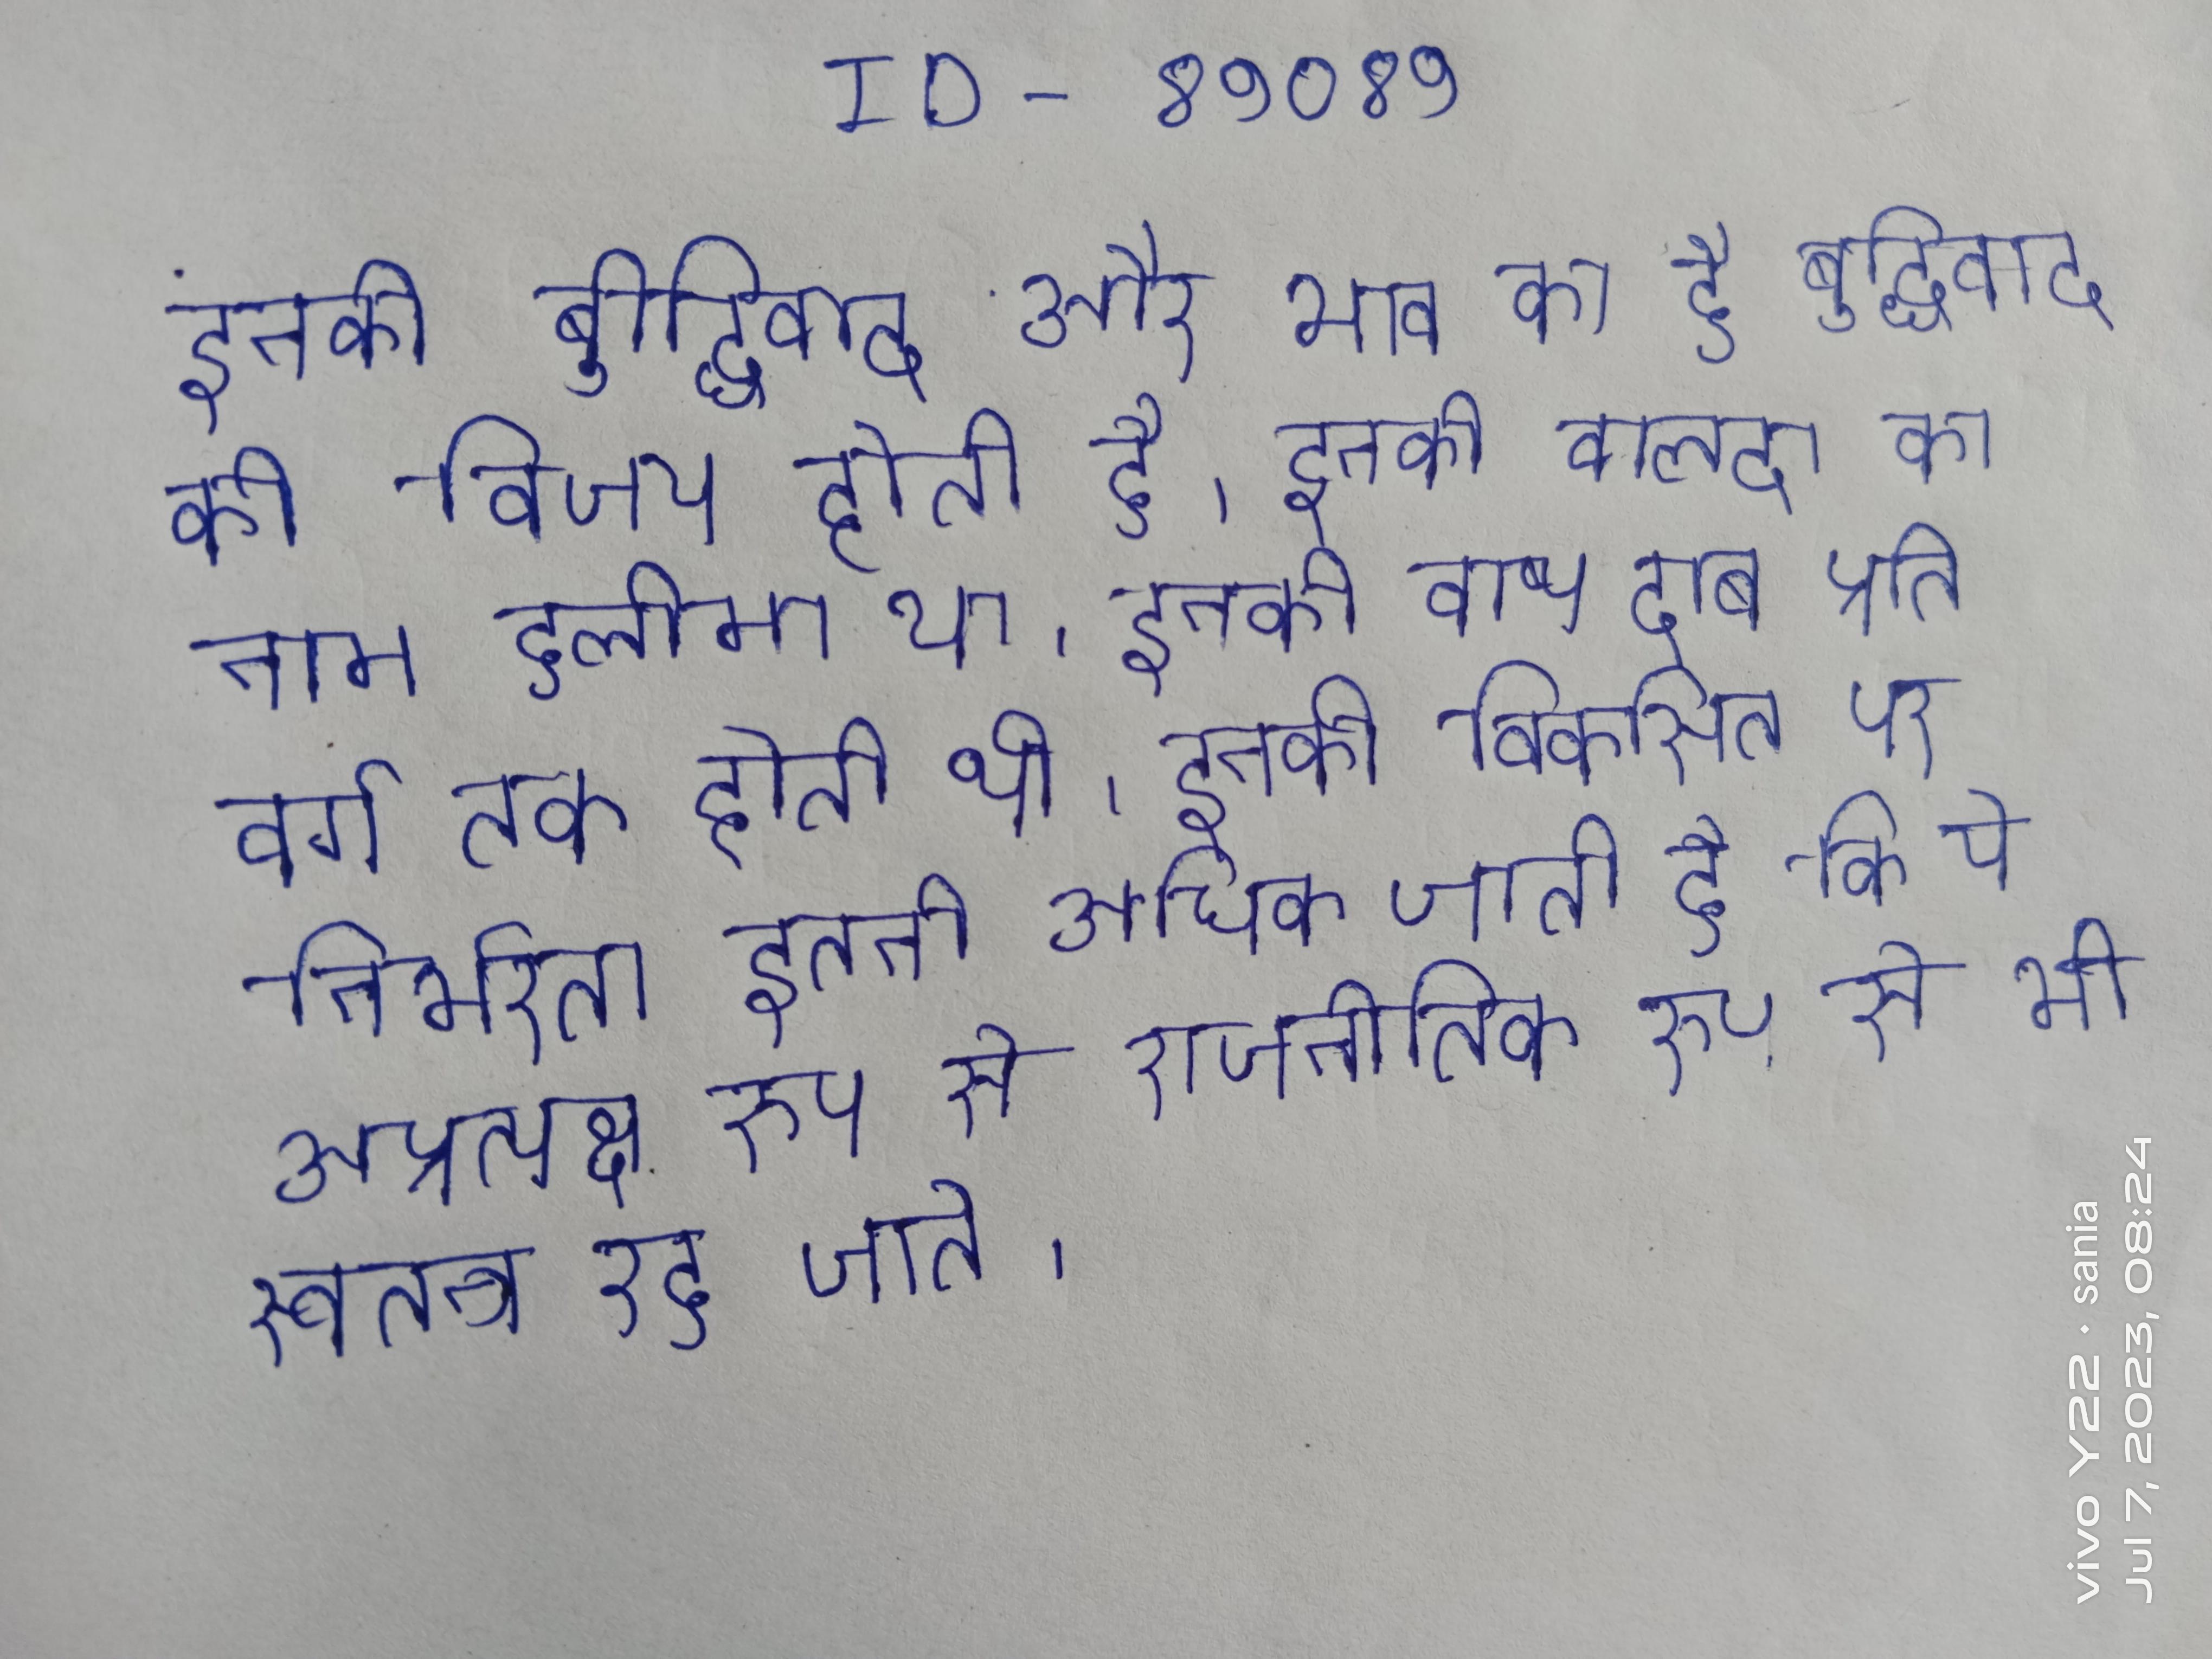
इनकी बुद्धिवाद और भाव का है, बुद्धिवाद की विजय होती है । इनकी वालदा का नाम हलीमा था । इनकी वाष्प दाब प्रति वर्ग तक होती थी । इनकी विकसित पर निर्भरता इतनी अधिक जाती है कि ये अप्रत्यक्ष रूप से राजनीतिक रूप से भी स्वतन्त्र रह जाते ।